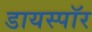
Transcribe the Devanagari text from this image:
डायस्पॉर